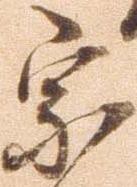
宗